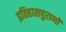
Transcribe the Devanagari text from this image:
इतिहासपुराणों